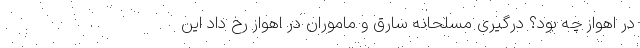
در اهواز چه بود؟ درگیری مسلحانه سارق و ماموران در اهواز رخ داد این